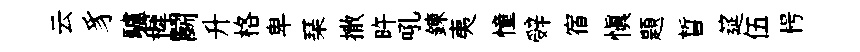
云豸驢穉鬬升格卑琹撒旿吼鍊夷憧辤宿愼題晳筵伍枵